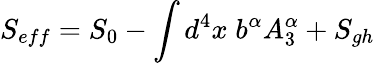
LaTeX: S_{eff}=S_{0}-\int d^{4}x\; b^{\alpha}A_{3}^{\alpha}+S_{gh}